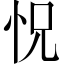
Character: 怳